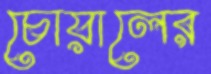
চোয়ালের